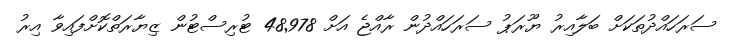
ސަރަހައްދުތަކަށް ބަލާއިރު ޔޫރަޕު ސަރަހައްދުން ރާއްޖެ އަށް 48